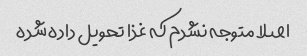
اصلا متوجه نشدم که غذا تحویل داده شده